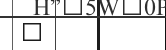
٨